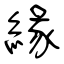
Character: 緣